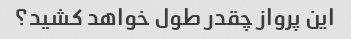
این پرواز چقدر طول خواهد کشید؟